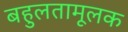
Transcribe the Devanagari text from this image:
बहुलतामूलक